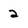
Character: 2